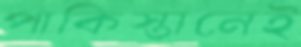
পাকিস্তানেই